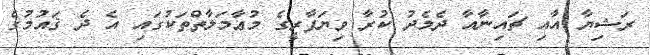
ރަޝިޔާ އާއި ޗައިނާއާ ދެމެދު ކުރާ ވިޔަފާރީގެ މުޢާމަލާތްތަކުގައި އެ ދެ ޤައުމުގެ